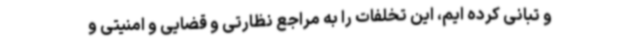
و تبانی کرده ایم، این تخلفات را به مراجع نظارتی و قضایی و امنیتی و